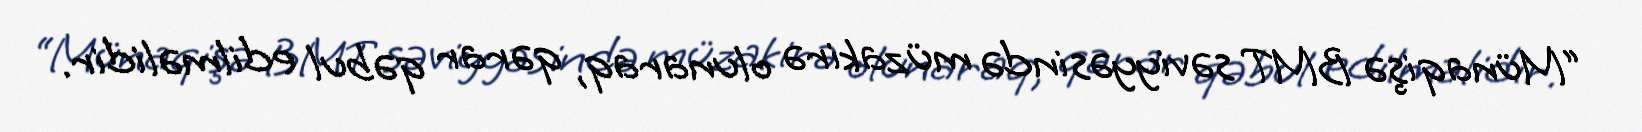
“Münaqişə BMT səviyyəsində müzakirə olunaraq, qərar qəbul edilməlidir.